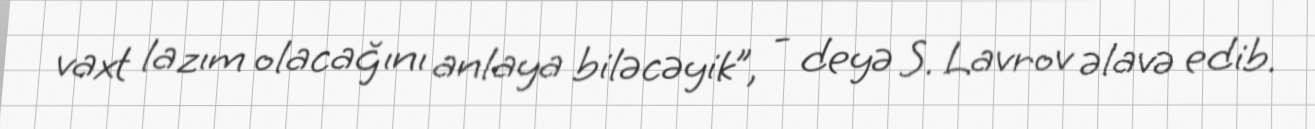
vaxt lazım olacağını anlaya biləcəyik”, - deyə S. Lavrov əlavə edib.